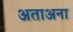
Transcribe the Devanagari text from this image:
अताअना